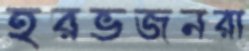
হরভজনরা